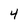
Character: 4